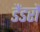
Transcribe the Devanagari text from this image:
डैंडरों